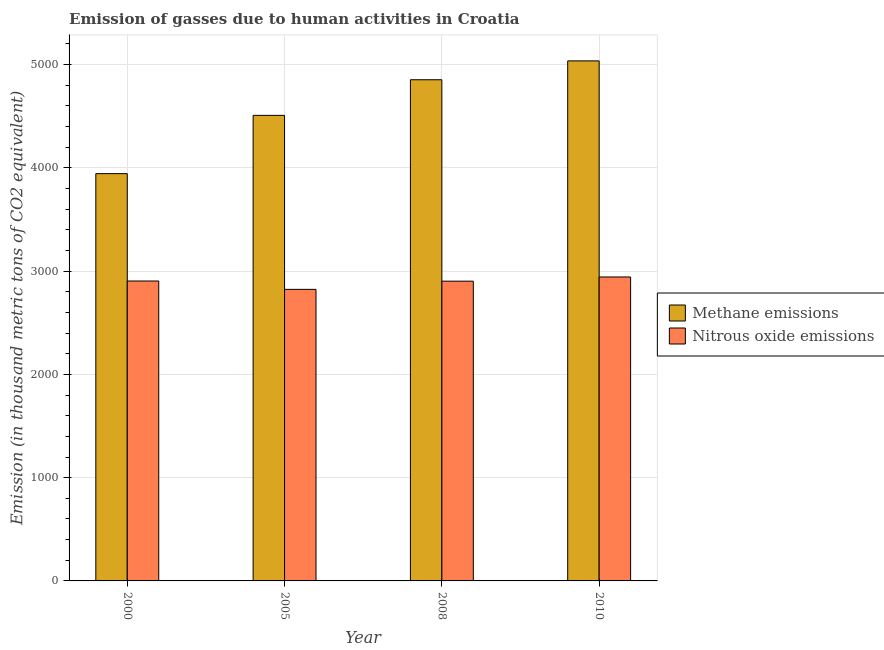
| Year | Methane emissions | Nitrous oxide emissions |
 | --- | --- | --- |
 | 2000 | 3.94e+03 | 2.9e+03 |
 | 2005 | 4.51e+03 | 2.82e+03 |
 | 2008 | 4.85e+03 | 2.9e+03 |
 | 2010 | 5.04e+03 | 2.94e+03 |